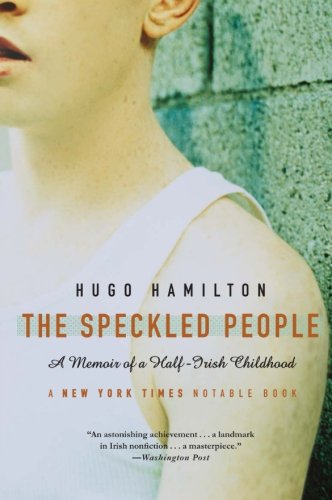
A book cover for The Speckled People: A Memoir of a Half-Irish Childhood; Hugo Hamilton; Biographies & Memoirs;